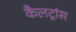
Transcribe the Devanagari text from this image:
कैलट्रांस